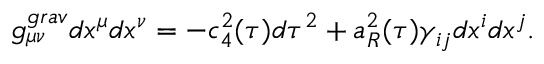
g _ { \mu \nu } ^ { g r a v } d x ^ { \mu } d x ^ { \nu } = - c _ { 4 } ^ { 2 } ( \tau ) d \tau ^ { 2 } + a _ { R } ^ { 2 } ( \tau ) \gamma _ { i j } d x ^ { i } d x ^ { j } .